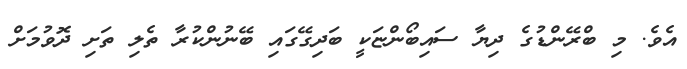
އެވެ. މި ބްރޭންޑުގެ ދިޔާ ސައިބޯންޏަކީ ބަދިގޭގައި ބޭނުންކުރާ ތެލި ތަށި ދޮވުމަށް